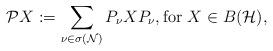
LaTeX: \begin{align*}\mathcal{P} X:= \sum_{\nu \in \sigma(\mathcal{N})} P_{\nu} X P_{\nu}, \mbox{for } X \in B(\mathcal{H}),\end{align*}